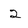
Character: 2